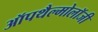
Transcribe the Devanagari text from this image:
ऑपथैल्मोलॉजी